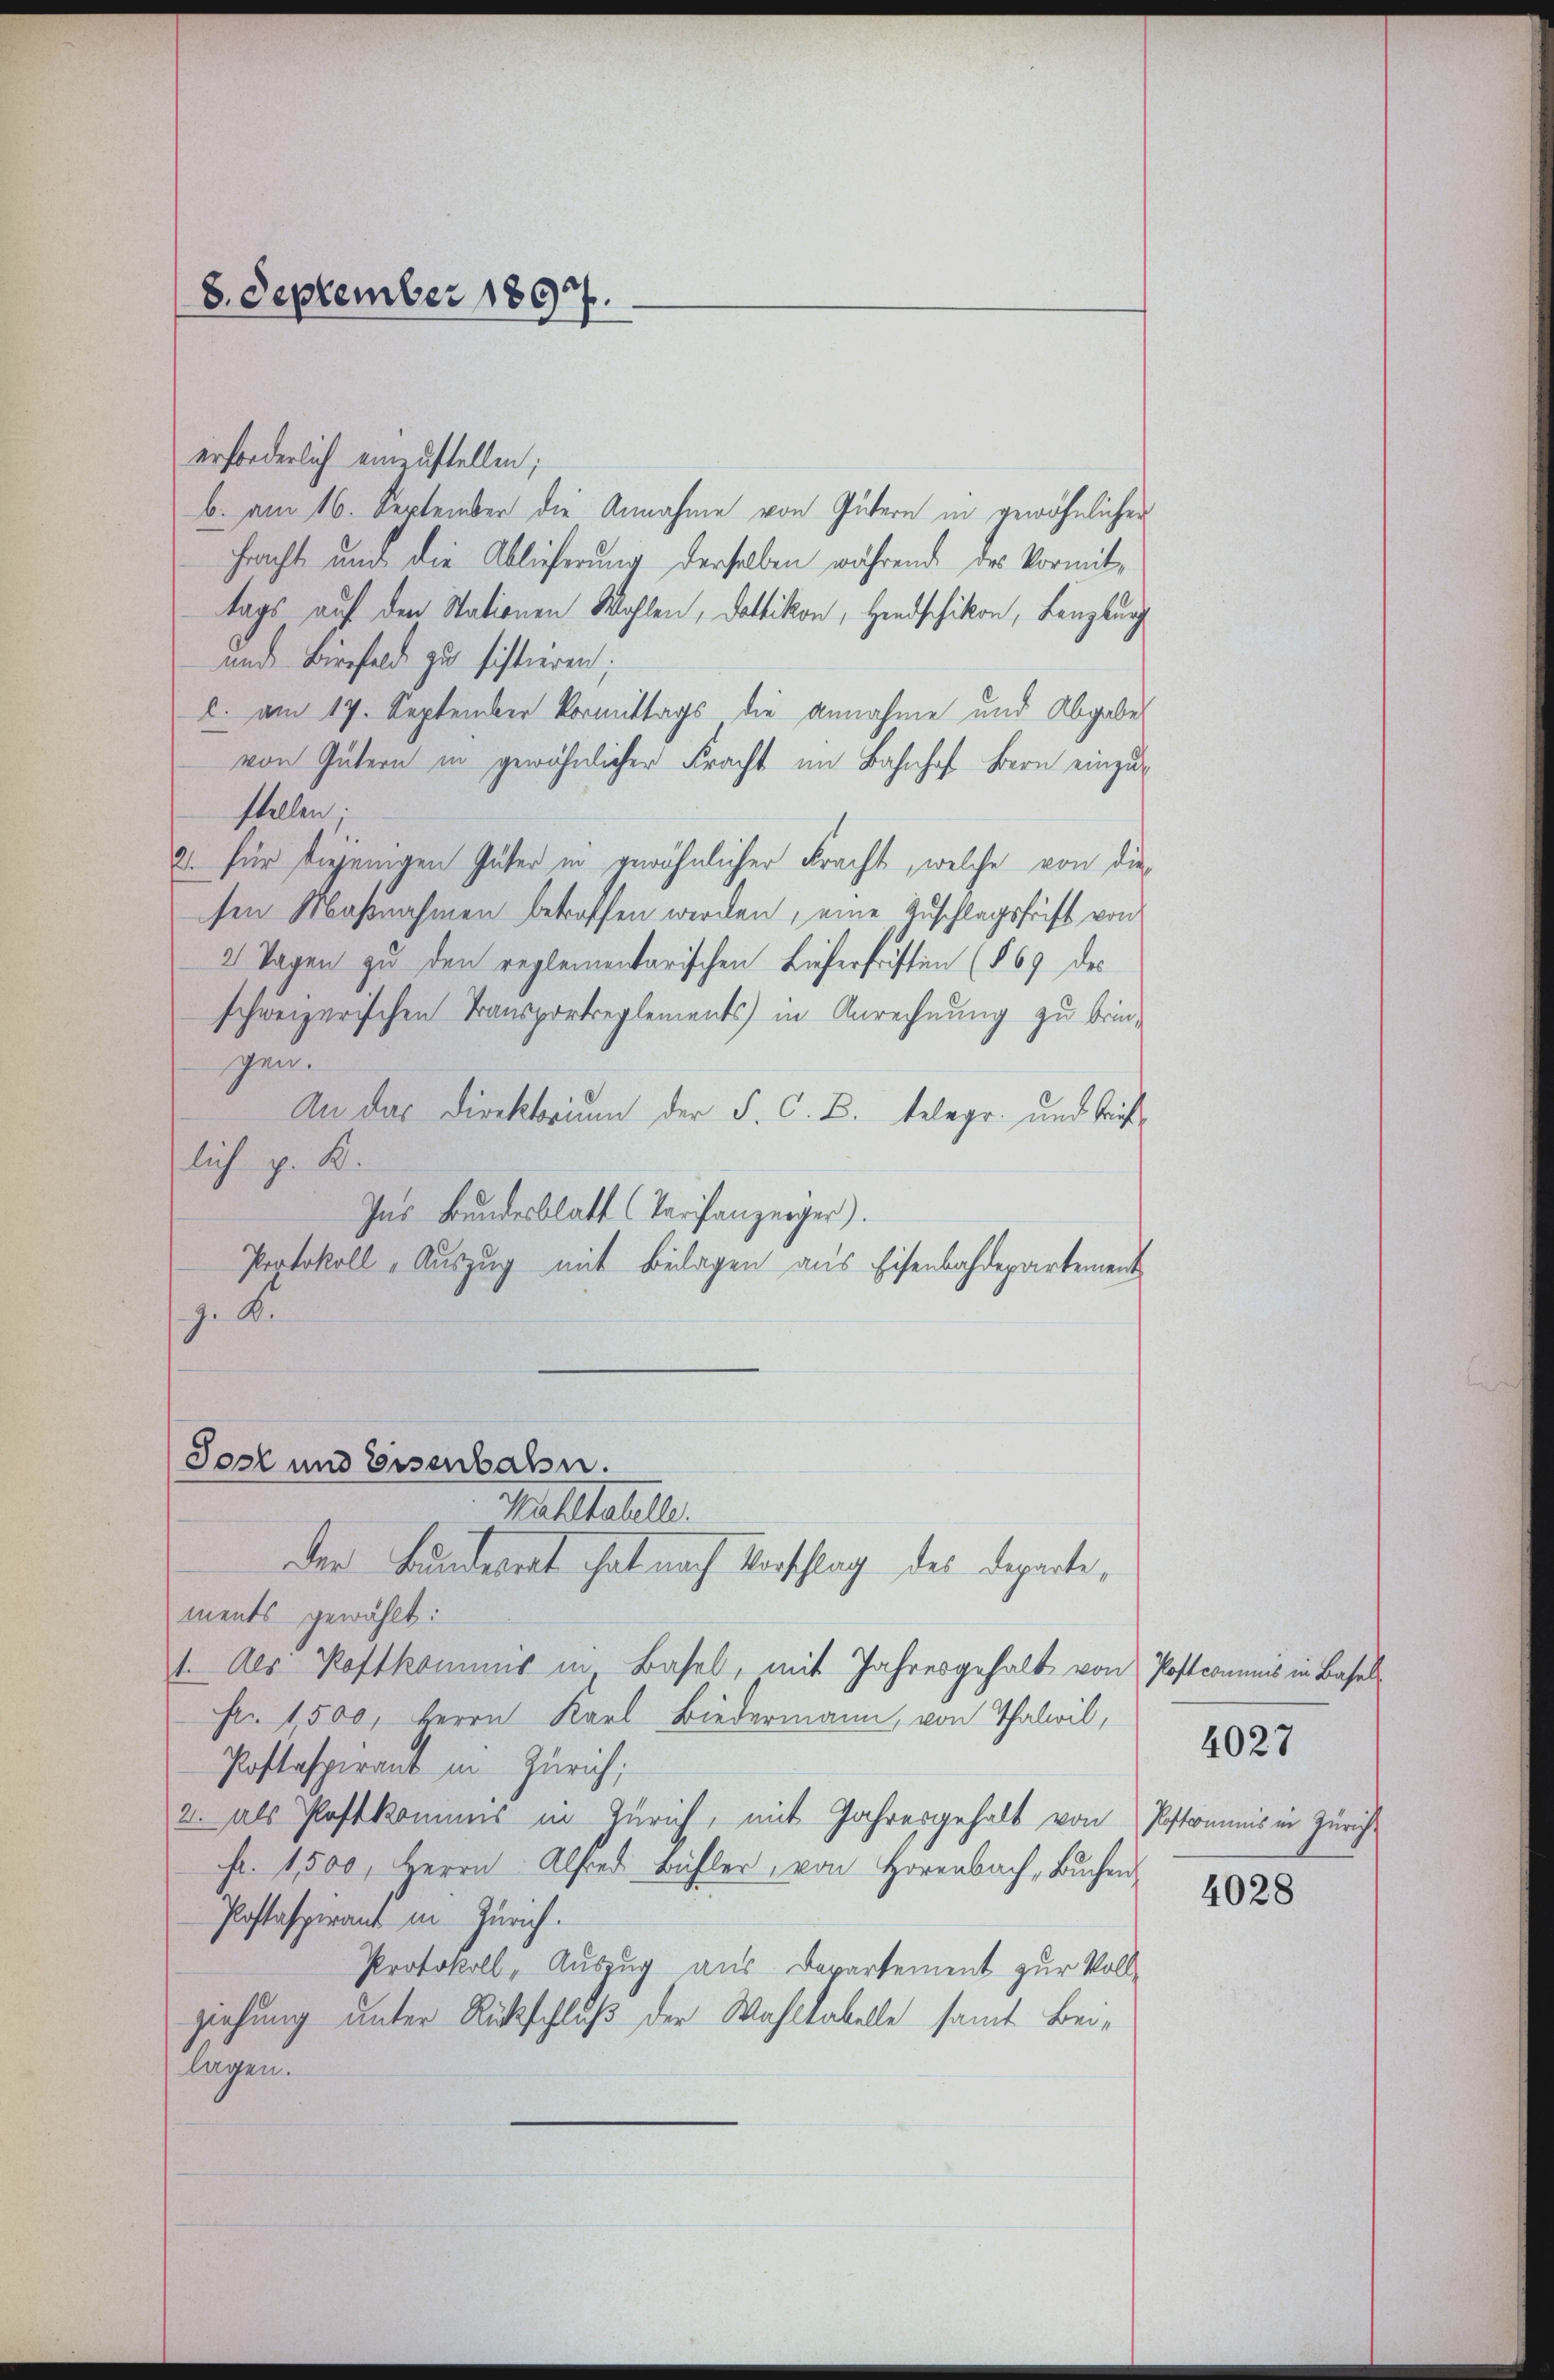
8. September 1897.

erforderlich einzustellen;
b. am 16. September die Annahme von Gütern in gewöhnlichen
fracht und die Ablieferung derselben während des Vormit-
tags auf den Stationen Wohlen, Dottikon, Hindschikon, Lenzburg
und Birfeld zu sistieren.
C. am 17. September Vormittags die annahme und Abgabe
von Gütern in gewöhnlicher Fracht im Bahnhof bern einzustellen.
2. für diejenigen Güter in gewöhnlicher Fracht, welche von die
sen Maßnahmen betroffen werden, eine Zuschlagsfrift von
2 Tagen zu den reglementarischen Lieferfristen (§ 69 des
schweizerischen Transportreglements) in Anrechnung zu brin-
gen.
An das Direktorium der F. C. B. telegr. und breislich p. K.
Ins Bundesblatt (Tarifanzeiger).
Poptokoll - Auszug mit Beilagen aus Eisenbahdepartement
z. S.

der Bunderart hat nach Verschlag des Departe,
ments gewählt:
1. Als Postkommis in Basel, mit Jahresgehalt von Postcommnis in Basel¬
Fr. 1500, Herrn Karl Biedermann von Thalwil,
Postaspirant in Zürich;
2. als Postkommis in Zürich, mit Jahresgehalt von Postcommis in Zürich
Fr. 1500, Herrn Alfred Bühler, von Horenbach, Bŭchen
Pastaspirant in Zürich.
Protokoll, Auszug aus Departement zur Voll-
ziehung unter Rückschluß der Wahltabelle samt Beilegen.

Jost und Eisenbahn.
Mahltatelle.

4028

4027